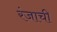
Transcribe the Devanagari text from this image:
रंजाची